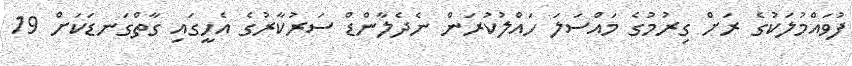
ފުވައްމުލަކުގެ ރަށް ގިރުމުގެ މައްސަލަ ހައްލުކުރަން ނެދެލާންޑް ސަރުކާރުގެ އެހީގައި ގާތްގަނޑަކަށް 19